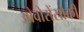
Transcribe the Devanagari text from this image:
ओवोरोंसोकी